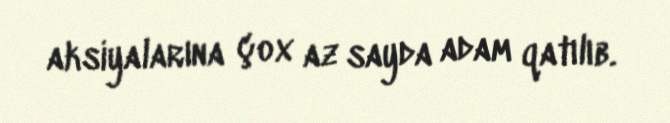
aksiyalarına çox az sayda adam qatılıb.